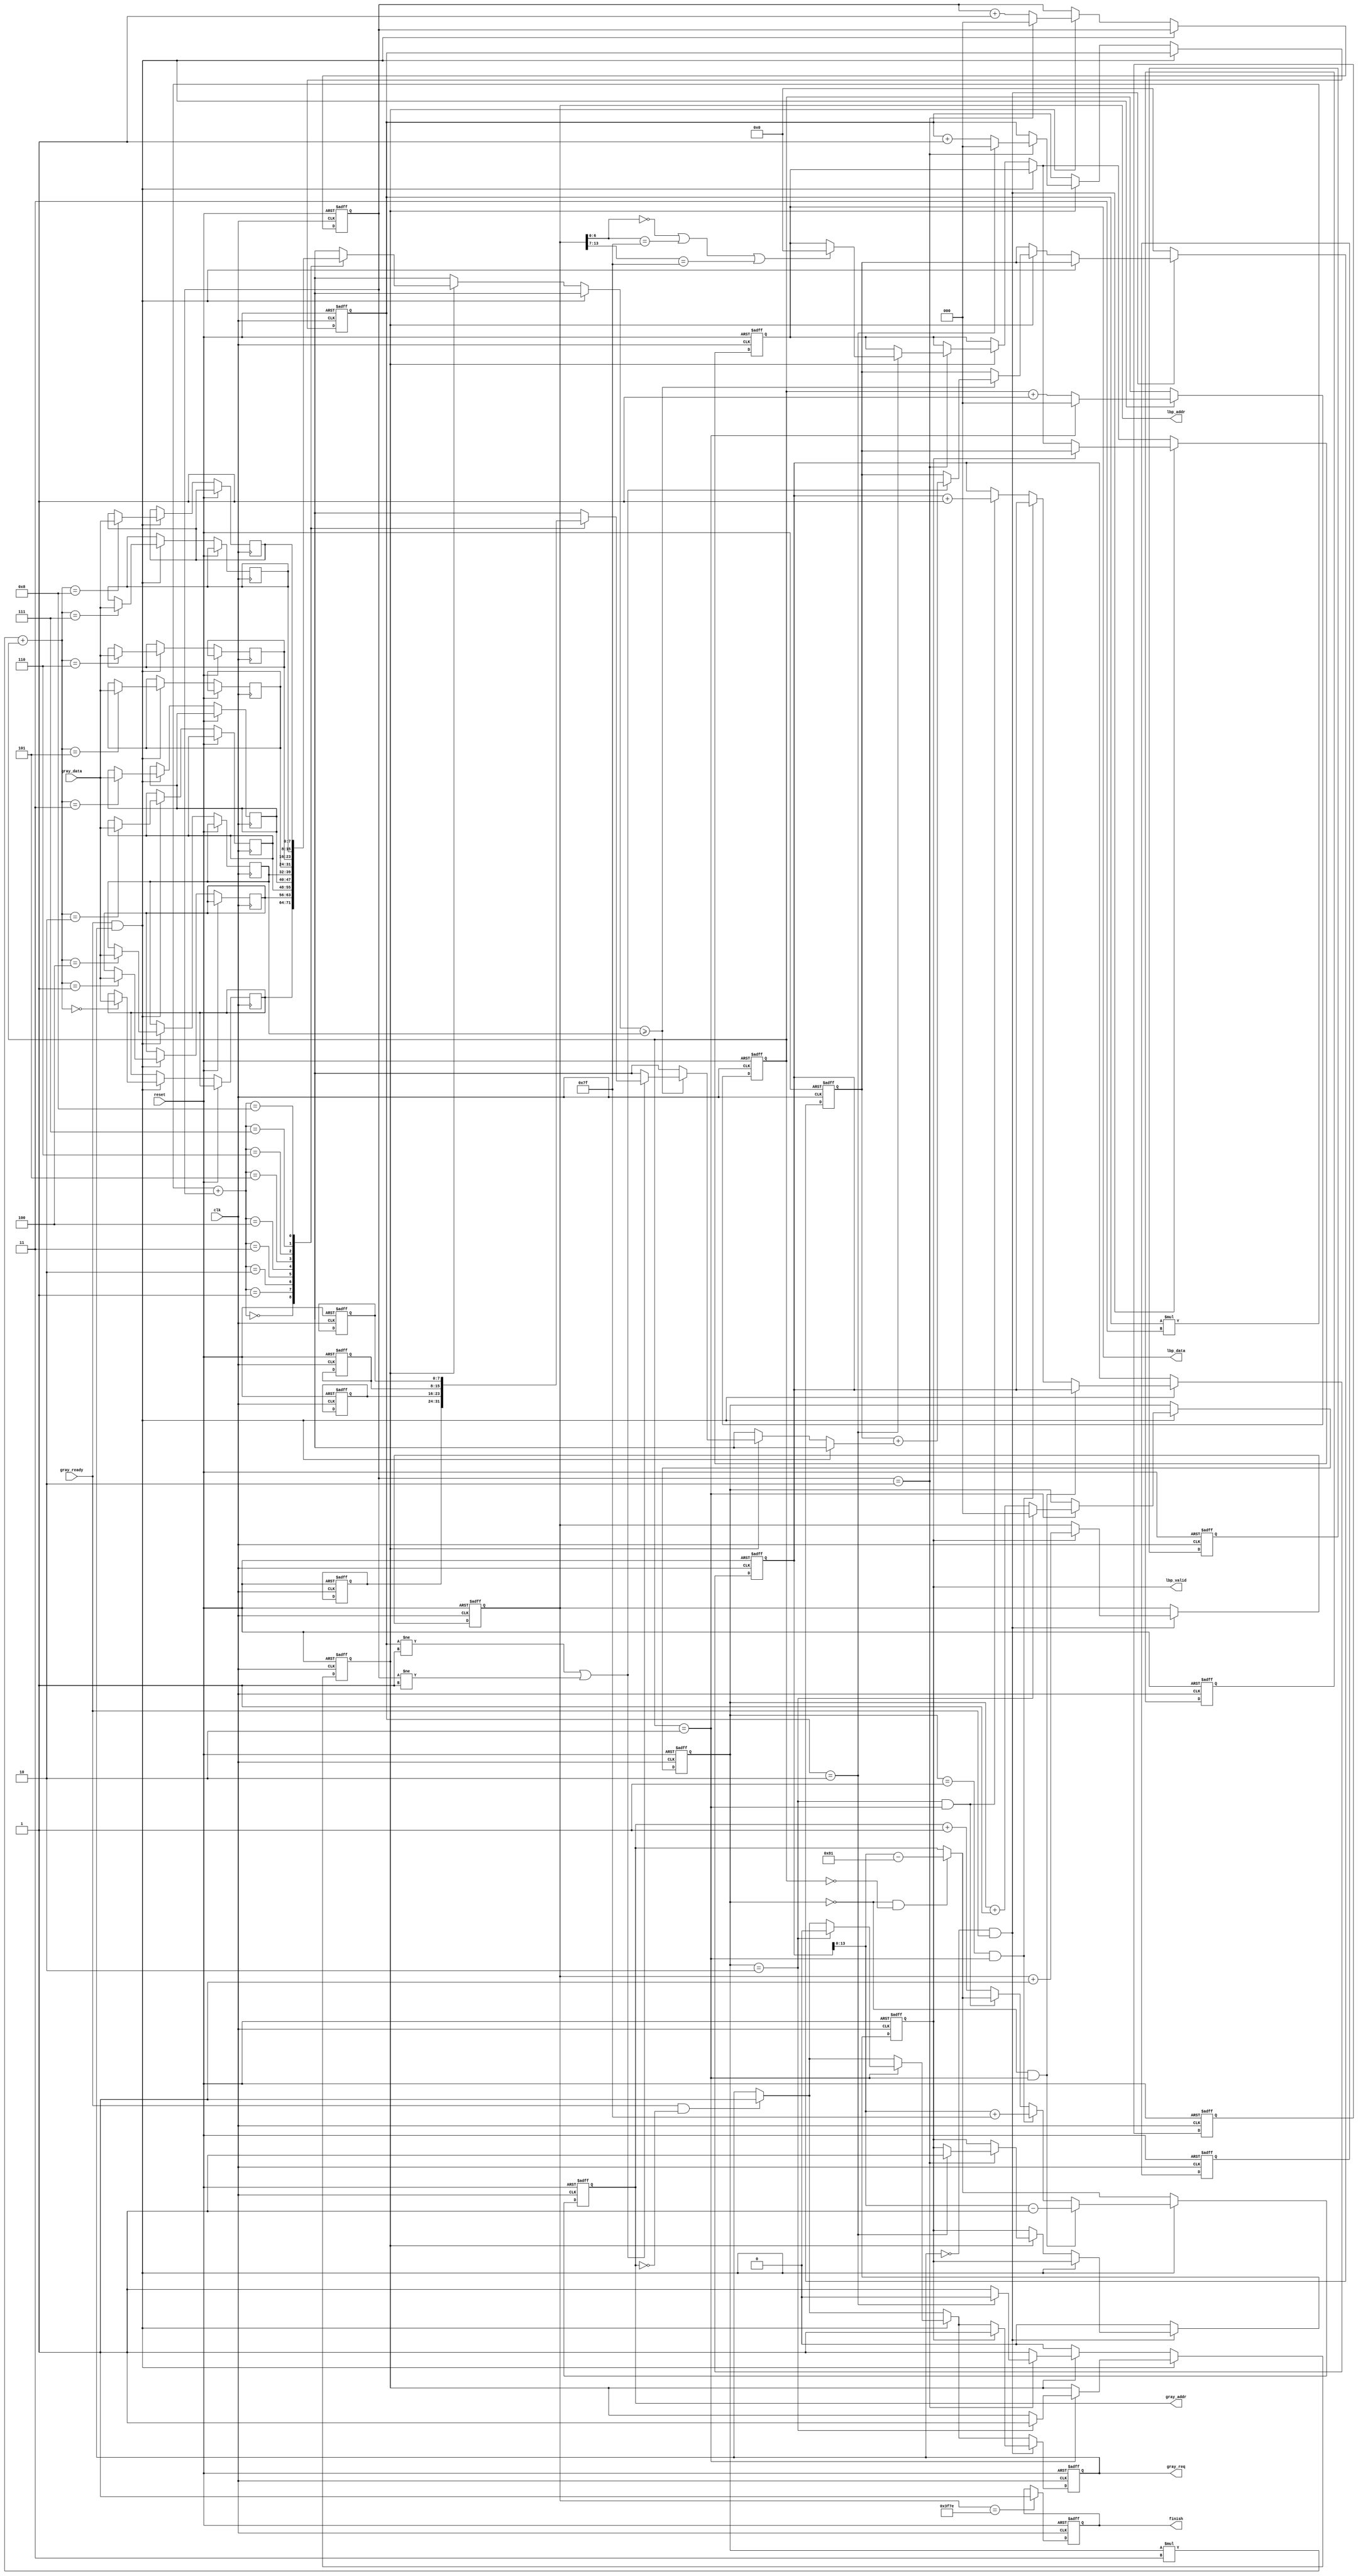

`timescale 1ns/10ps
module LBP ( clk, reset, gray_addr, gray_req, gray_ready, gray_data, lbp_addr, lbp_valid, lbp_data, finish);
input   	clk;
input   	reset;
input   	gray_ready;
input   [7:0] gray_data;
output  reg[13:0] gray_addr;
output  reg gray_req;
output  reg[13:0] lbp_addr;
output  reg	lbp_valid;
output  reg[7:0] lbp_data;
output  reg	finish;

reg[7:0] sqrt[0:2][0:2];
reg[7:0] threshold[0:2][0:2];
reg[14:0] current;
reg[7:0] temp;
reg[2:0] i,j;
reg[2:0] a,b;
reg full;
integer k;

reg[7:0] count;

always @(posedge clk or posedge reset) begin
    if (reset) begin
        gray_req <=1'b0;
        gray_addr<=14'd0;
        current <=9'd129;
        full<=1'b0;
        finish <= 1'b0;
        lbp_valid <= 1'b0;
        lbp_addr <=14'd128;
        lbp_data <=8'd0;
        count <= 6'd0;
        temp <=8'd0;
        i<=2'd0;
        j<=2'd0;
        a<=2'd0;
        b<=2'd0;
        for (k=0; k<3; k=k+1) begin                         //create array
            sqrt[0][k] <= 2**k;
            sqrt[2][k] <= 2**(k+5);
        end
        sqrt[1][0] <= 4'd8;
        sqrt[1][2] <= 5'd16;
    end
    else begin
        if (gray_ready && gray_addr ==0) gray_req <=1'b1;              //if data ready
        if (i==0&&j==0) gray_addr <= current-9'd129;

        if (gray_ready && gray_req) begin                                 //if req
            if(i==0&&j==2) gray_addr <= current-1'd1;
            else if(i==1&&j==2) gray_addr <= current+9'd127;
            else if(i==2&&j==2) current <= current +1'd1;
            else gray_addr <= gray_addr+1'd1;
            threshold[i][j] <= gray_data;                                   //but data in threshold, then change i,j
            j <= j + 1'b1;
            if(j == 2)begin
                j <= 1'd0;
                i <= i + 1'd1;
                if(i==2)begin
                    i <= 1'd0;
                    gray_req <=1'b0;                                        //if store all, req down
                    full<=1'b1;
                end
            end
        end
        else if(full)begin
            if (threshold[a][b] >= threshold[1][1]) begin
                if (a!=1||b!=1) begin
                    temp <= temp + sqrt[a][b];
                end
            end
            b <= b + 1'b1;
            if(b == 2)begin
                b <= 1'd0;
                a <= a + 1'd1;
                if(a==2)begin
                    if((lbp_addr[6:0]==0)||(lbp_addr[6:0]==127)||(lbp_addr>>7==127)) lbp_data <=8'd0;
                    lbp_valid <=1'b1;
                    full<=1'b0;
                    a <= 1'd0;
                end
            end
        end
        if (!gray_req&&gray_ready) begin                                    //calculate
            if(lbp_valid) begin
                lbp_data <= temp;
                lbp_addr <= lbp_addr +1'd1;
                gray_req <=1'b1;
            end
        end
        else begin
            temp <=8'd0;
            lbp_valid <=1'b0;
        end

        if (lbp_addr == 16254) begin                                        //end when run all
            finish <=1'b1;
        end
    end
end

endmodule